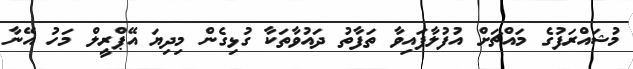
މުޝައްރަފުގެ މައްޗަށް އުފުލާފައިވާ ތަފާތު ދައުވާތަކާ ގުޅިގެން މިދިޔަ އޭޕްރީލް މަހު އޭނާ